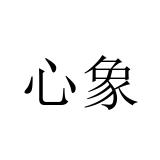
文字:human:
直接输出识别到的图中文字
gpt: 心象